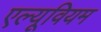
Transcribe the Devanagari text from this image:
एल्यूवियम